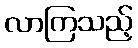
လာကြသည့်